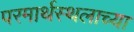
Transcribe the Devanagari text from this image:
परमार्थस्थलाच्या